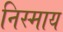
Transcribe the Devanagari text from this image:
निस्माय